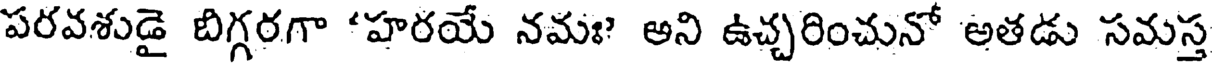
పరవశుడై బిగ్గరగా 'హరయే నమః? అని ఉచ్చరించునో అతడు సమస్త